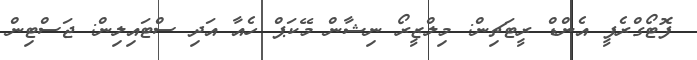
ފޮޓޯގްރެފީ އެންޑް ރީޓަޗިން: މިލްޒީރޯ ނިޝާން މޭކަޕް ހެއާ އަދި ސްޓައިލިން: ޖަސްޓިން